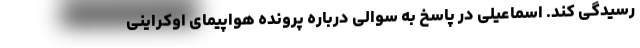
رسیدگی کند. اسماعیلی در پاسخ به سوالی درباره پرونده هواپیمای اوکراینی